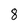
Character: 8